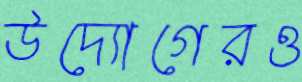
উদ্যোগেরও